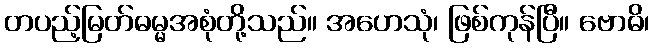
တပည့်မြတ်ဓမ္မအစုံတို့သည်။ အဟေသုံ၊ ဖြစ်ကုန်ပြီ။ ဗောဓိ၊